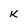
Character: K